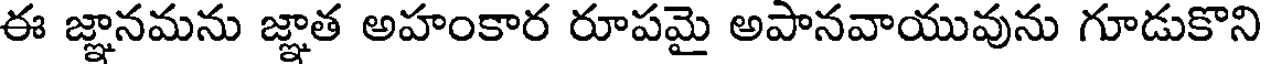
ఈ జ్ఞానమను జ్ఞాత అహంకార రూపమై అపానవాయువును గూడుకొని